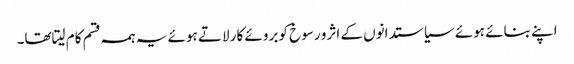
اپنے بنائے ہوئے سیاستدانوں کے اثرو رسوخ کو بروئے کار لاتے ہوئے یہ ہمہ قسم کام لیتاتھا۔